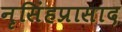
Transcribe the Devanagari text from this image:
नृसिंहप्रासाद